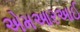
એમઆરઆઈ